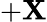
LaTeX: +\mathbf{X}